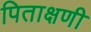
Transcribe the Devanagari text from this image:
पिताक्षणी